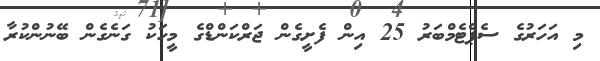
މި އަހަރުގެ ސެޕްޓެމްބަރު 25 އިން ފެށީގެން ޖަރްކަންޑްގެ މީހަކު ގަނެގެން ބޭނުންކުރާ